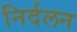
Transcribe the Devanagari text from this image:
निर्दलन